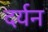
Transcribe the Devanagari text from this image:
दर्यन